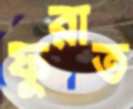
ফুরাত